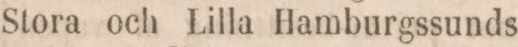
Stora och Lilla Hamburgssunds